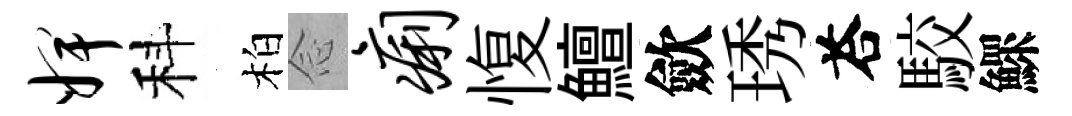
婢科柏𫝹痢愎鱣歛琇荅駮鰥